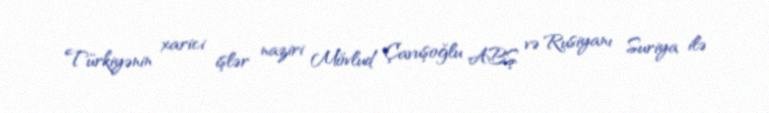
Türkiyənin xarici işlər naziri Mövlud Çavuşoğlu ABŞ və Rusiyanı Suriya ilə